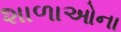
શાળાઓના